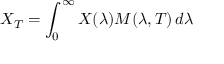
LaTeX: X _ { T } = \int _ { 0 } ^ { \infty } X ( \lambda ) M ( \lambda , T ) \, d \lambda